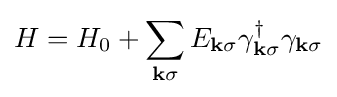
H=H_{0}+\sum _{\mathbf {k} \sigma }E_{\mathbf {k} \sigma }\gamma _{\mathbf {k} \sigma }^{\dagger }\gamma _{\mathbf {k} \sigma }